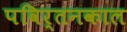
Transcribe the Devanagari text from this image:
पविर्तनकाल